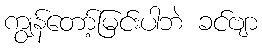
ကျွန်တော့်မြင်းပါဘဲ ခင်ဗျာ